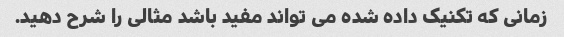
زمانی که تکنیک داده شده می تواند مفید باشد مثالی را شرح دهید.